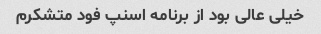
خیلی عالی بود از برنامه اسنپ فود متشکرم